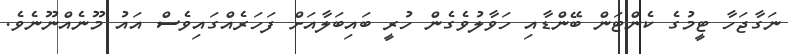
ނަގާޖަހާ ޓީމުގެ ކެންޓަން ބޭންޑާއި ހަވާލުވެގެން ހުރީ ބައިބަލާއަށް ފަހަރެއްގައިވެސް އައު މޫނެއްނޫނެވެ.